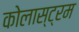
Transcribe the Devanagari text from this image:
कोलास्ट्रम